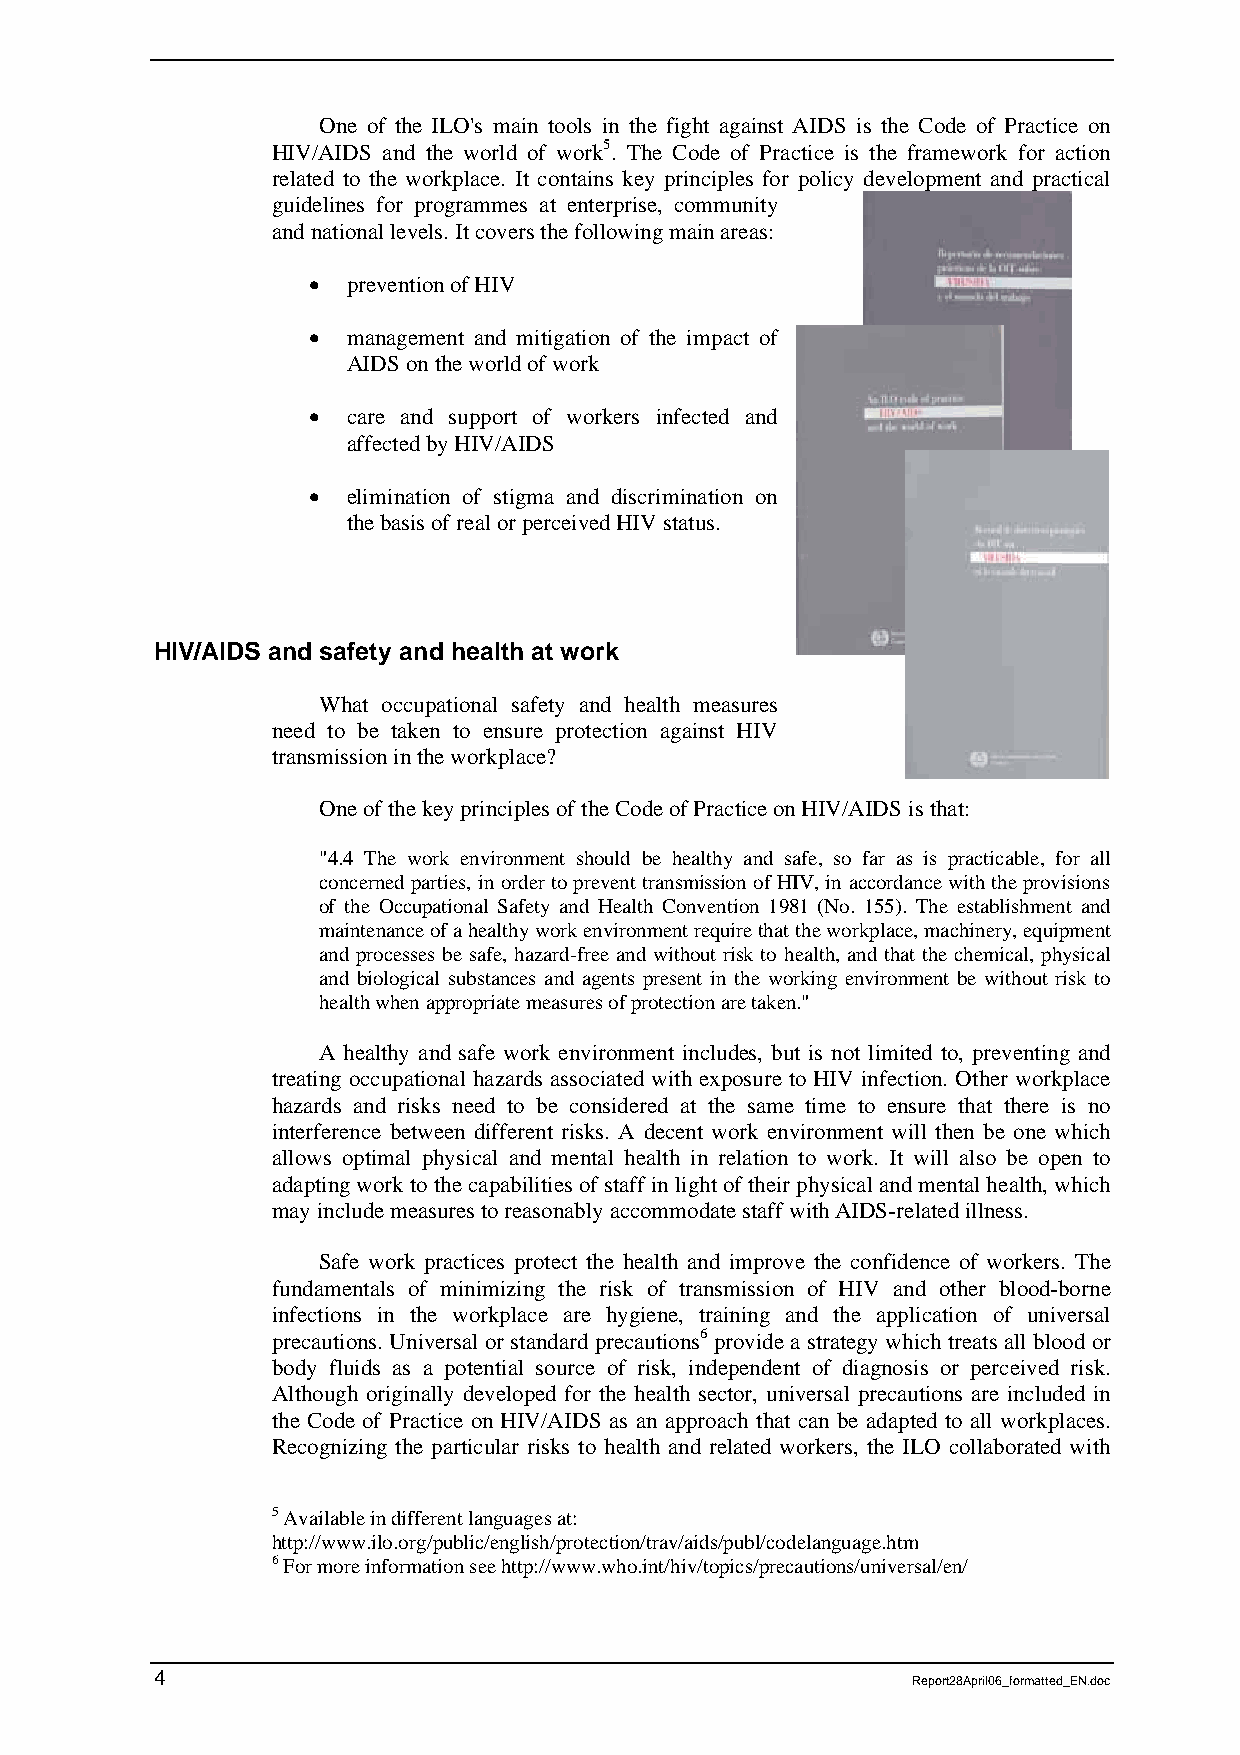
One of the ILO's main tools in the fight against AIDS is the Code of Practice on
 HIV/AIDS and the world of work5. The Code of Practice is the framework for action
 related to the workplace. It contains key principles for policy development and practical
 guidelines for programmes at enterprise, community
 and national levels. It covers the following main areas:
 •  prevention of HIV
 •  management and mitigation of the impact of
 AIDS on the world of work
 •  care and support of workers infected and
 affected by HIV/AIDS
 •  elimination of stigma and discrimination on
 the basis of real or perceived HIV status.
 HIV/AIDS and safety and health at work
 What occupational safety and health measures
 need to be taken to ensure protection against HIV
 transmission in the workplace?
 One of the key principles of the Code of Practice on HIV/AIDS is that:
 "4.4 The work environment should be healthy and safe, so far as is practicable, for all
 concerned parties, in order to prevent transmission of HIV, in accordance with the provisions
 of the Occupational Safety and Health Convention 1981 (No. 155). The establishment and
 maintenance of a healthy work environment require that the workplace, machinery, equipment
 and processes be safe, hazard-free and without risk to health, and that the chemical, physical
 and biological substances and agents present in the working environment be without risk to
 health when appropriate measures of protection are taken."
 A healthy and safe work environment includes, but is not limited to, preventing and
 treating occupational hazards associated with exposure to HIV infection. Other workplace
 hazards and risks need to be considered at the same time to ensure that there is no
 interference between different risks. A decent work environment will then be one which
 allows optimal physical and mental health in relation to work. It will also be open to
 adapting work to the capabilities of staff in light of their physical and mental health, which
 may include measures to reasonably accommodate staff with AIDS-related illness.
 Safe work practices protect the health and improve the confidence of workers. The
 fundamentals of minimizing the risk of transmission of HIV and other blood-borne
 infections in the workplace are hygiene, training and the application of universal
 precautions. Universal or standard precautions6 provide a strategy which treats all blood or
 body fluids as a potential source of risk, independent of diagnosis or perceived risk.
 Although originally developed for the health sector, universal precautions are included in
 the Code of Practice on HIV/AIDS as an approach that can be adapted to all workplaces.
 Recognizing the particular risks to health and related workers, the ILO collaborated with
 5 Available in different languages at:
 http://www.ilo.org/public/english/protection/trav/aids/publ/codelanguage.htm
 6 For more information see http://www.who.int/hiv/topics/precautions/universal/en/
 4
 Report28April06_formatted_EN.doc